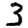
Digit: 3